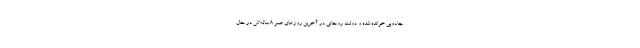
جادویی خوانده شده و دولت روحانی در آخرین روزهای عمر 8 ساله‌اش در حال